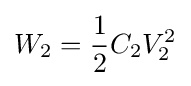
W_{2}={1 \over 2}C_{2}V_{2}^{2}